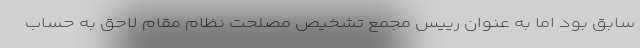
سابق بود اما به عنوان رییس مجمع تشخیص مصلحت نظام مقام لاحق به حساب